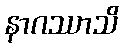
နာဂဿာသိ